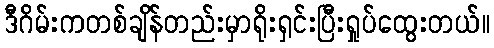
ဒီဂိမ်းကတစ်ချိန်တည်းမှာရိုးရှင်းပြီးရှုပ်ထွေးတယ်။